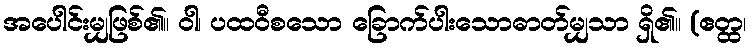
အပေါင်းမျှဖြစ်၏။ ဝါ၊ ပထဝီစသော ခြောက်ပါးသောဓာတ်မျှသာ ရှိ၏။ (ဧတ္ထ၊